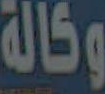
وكالة